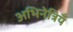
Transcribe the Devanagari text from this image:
अभिनेत्रियँ